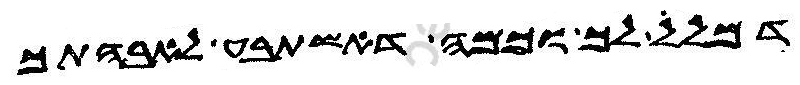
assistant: דמלל לך וכמה דאשתבע לאבהתך